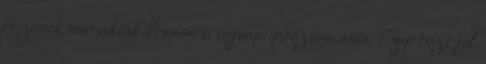
érzések maradtak bennem a tegnapi posztom után. Egyrészt jól